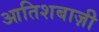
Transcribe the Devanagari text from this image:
आतिशबाज़ीे